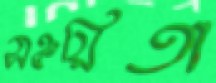
সঞ্চয়িতা